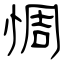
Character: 惆